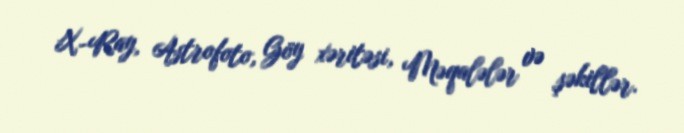
X-Ray, Astrofoto, Göy xəritəsi, Məqalələr və şəkillər.